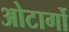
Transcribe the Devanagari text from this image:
ओटार्गो